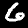
Label: 6